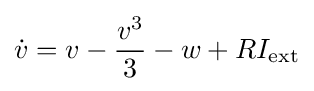
{\dot {v}}=v-{\frac {v^{3}}{3}}-w+RI_{\rm {ext}}